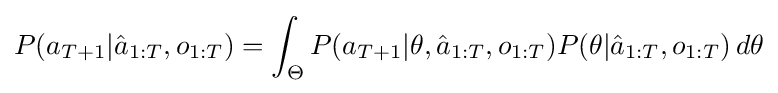
P(a_{T+1}|{\hat {a}}_{1:T},o_{1:T})=\int _{\Theta }P(a_{T+1}|\theta ,{\hat {a}}_{1:T},o_{1:T})P(\theta |{\hat {a}}_{1:T},o_{1:T})\,d\theta